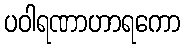
ပဝါရဏာဟာရကော